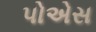
પોએસ